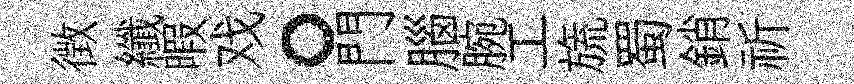
徴纖暇戏。門腦腕工旒蜀銷祈